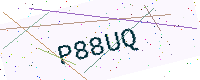
Text: P88UQ